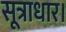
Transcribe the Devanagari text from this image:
सूत्राधार।